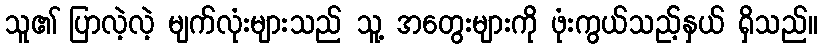
သူ၏ ပြာလဲ့လဲ့ မျက်လုံးများသည် သူ့ အတွေးများကို ဖုံးကွယ်သည့်နှယ် ရှိသည်။